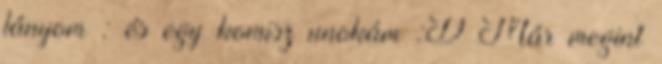
lányom : és egy komisz unokám :D Már megint